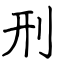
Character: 刑